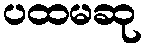
ပထမဆု